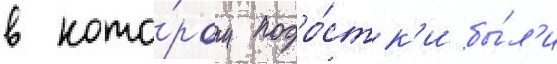
в кото́ром подро́стк'и бы́л'и